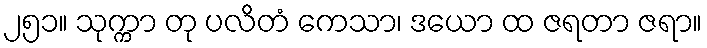
၂၅၁။ သုက္ကာ တု ပလိတံ ကေသာ၊ ဒယော ထ ဇရတာ ဇရာ။